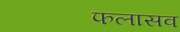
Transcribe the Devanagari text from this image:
फलासव